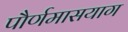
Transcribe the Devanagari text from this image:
पौर्णमासयाग